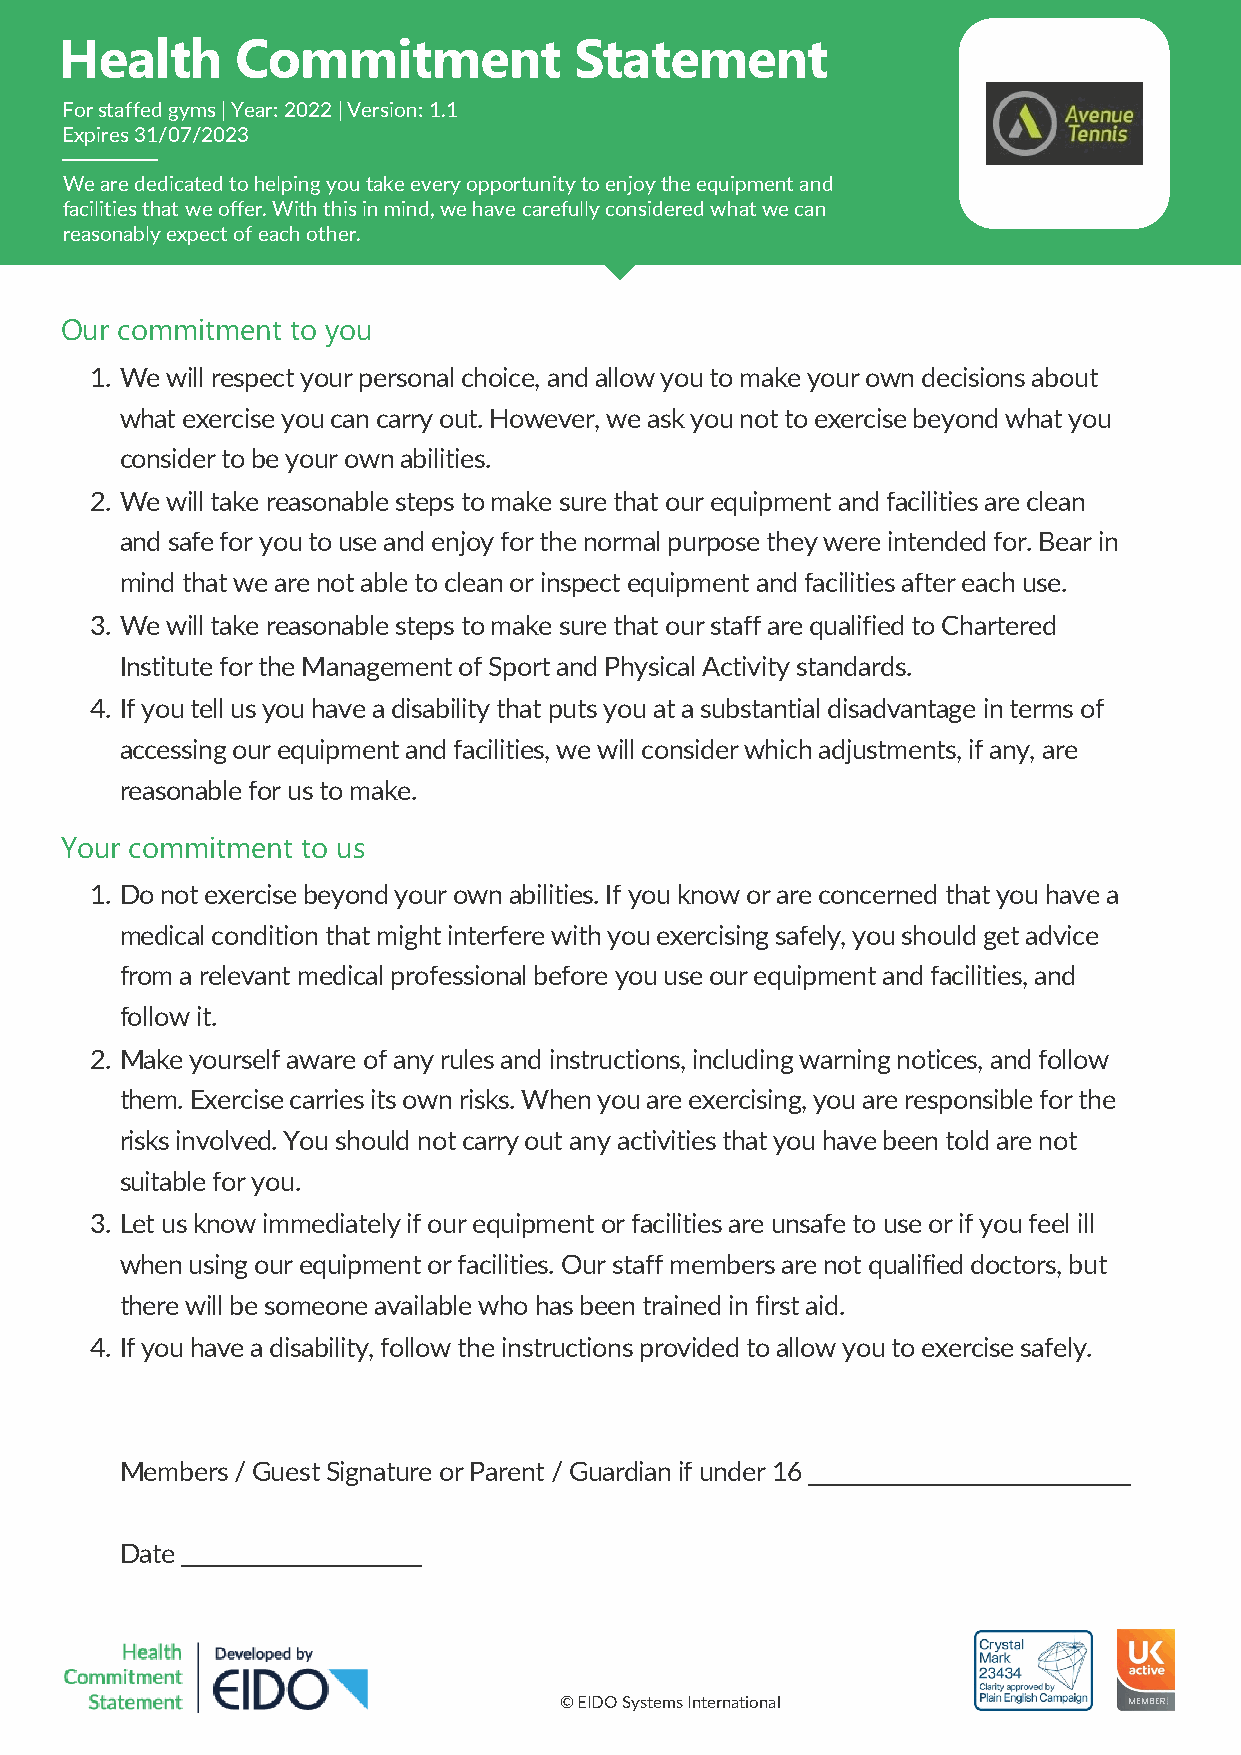
Health      Commitment            Statement
 For staffed gyms | Year: 2022 | Version: 1.1
 Expires 31/07/2023
 We are dedicated to helping you take every opportunity to enjoy the equipment and
 facilities that we offer. With this in mind, we have carefully considered what we can
 reasonably expect of each other.
 Our commitment to you
 1. We will respect your personal choice, and allow you to make your own decisions about
 what exercise you can carry out. However, we ask you not to exercise beyond what you
 consider to be your own abilities.
 2. We will take reasonable steps to make sure that our equipment and facilities are clean
 and safe for you to use and enjoy for the normal purpose they were intended for. Bear in
 mind that we are not able to clean or inspect equipment and facilities after each use.
 3. We will take reasonable steps to make sure that our staff are qualified to Chartered
 Institute for the Management of Sport and Physical Activity standards.
 4. If you tell us you have a disability that puts you at a substantial disadvantage in terms of
 accessing our equipment and facilities, we will consider which adjustments, if any, are
 reasonable for us to make.
 Your commitment to us
 1. Do not exercise beyond your own abilities. If you know or are concerned that you have a
 medical condition that might interfere with you exercising safely, you should get advice
 from a relevant medical professional before you use our equipment and facilities, and
 follow it.
 2. Make yourself aware of any rules and instructions, including warning notices, and follow
 them. Exercise carries its own risks. When you are exercising, you are responsible for the
 risks involved. You should not carry out any activities that you have been told are not
 suitable for you.
 3. Let us know immediately if our equipment or facilities are unsafe to use or if you feel ill
 when using our equipment or facilities. Our staff members are not qualified doctors, but
 there will be someone available who has been trained in first aid.
 4. If you have a disability, follow the instructions provided to allow you to exercise safely.
 Members / Guest Signature or Parent / Guardian if under 16
 Date
 © EIDO Systems International